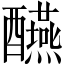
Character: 醼